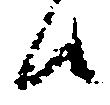
候